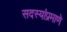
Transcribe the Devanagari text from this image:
सदस्यांप्रमाणे